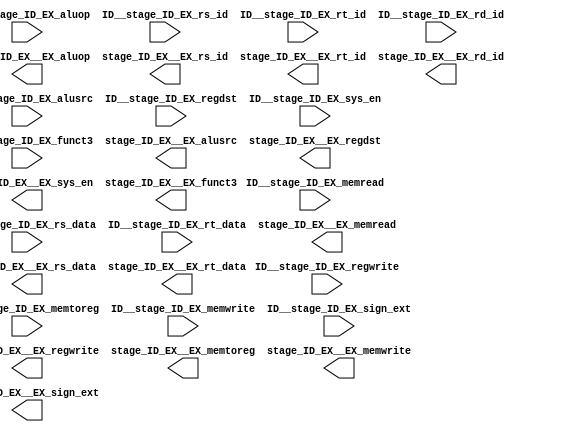
module stage_ID_EX (
    input           ID__stage_ID_EX_regwrite,
    input           ID__stage_ID_EX_memtoreg,
    input           ID__stage_ID_EX_memread,
    input           ID__stage_ID_EX_memwrite,
    input           ID__stage_ID_EX_alusrc,
    input   [1:0]   ID__stage_ID_EX_aluop,
    input           ID__stage_ID_EX_regdst,
    input           ID__stage_ID_EX_sys_en,
    input   [31:0]  ID__stage_ID_EX_rs_data,
    input   [31:0]  ID__stage_ID_EX_rt_data,
    input   [4:0]   ID__stage_ID_EX_rs_id,
    input   [4:0]   ID__stage_ID_EX_rt_id,
    input   [4:0]   ID__stage_ID_EX_rd_id,
    input   [31:0]  ID__stage_ID_EX_sign_ext,
    input   [2:0]   ID__stage_ID_EX_funct3,
    output          stage_ID_EX__EX_regwrite,
    output          stage_ID_EX__EX_memtoreg,
    output          stage_ID_EX__EX_memread,
    output          stage_ID_EX__EX_memwrite,
    output          stage_ID_EX__EX_alusrc,
    output   [1:0]  stage_ID_EX__EX_aluop,
    output          stage_ID_EX__EX_regdst,
    output          stage_ID_EX__EX_sys_en,
    output   [31:0] stage_ID_EX__EX_rs_data,
    output   [31:0] stage_ID_EX__EX_rt_data,
    output   [4:0]  stage_ID_EX__EX_rs_id,
    output   [4:0]  stage_ID_EX__EX_rt_id,
    output   [4:0]  stage_ID_EX__EX_rd_id,
    output   [31:0] stage_ID_EX__EX_sign_ext,
    output   [2:0]  stage_ID_EX__EX_funct3
);
endmodule